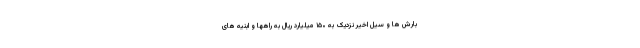
بارش ها و سیل اخیر نزدیک به ۱۵۰ میلیارد ریال به راهها و ابنیه های